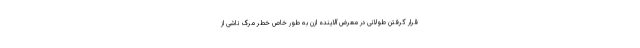
قرار گرفتن طولانی در معرض آلاینده ازن به طور خاص خطر مرگ ناشی از